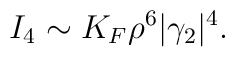
I_4\sim K_F\rho^6|\gamma_2|^4.